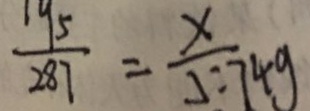
\frac { 1 9 5 } { 2 8 7 } = \frac { x } { 5 . 7 4 g }